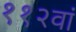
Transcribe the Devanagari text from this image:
११२वां